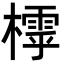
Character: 𣛲